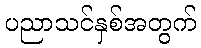
ပညာသင်နှစ်အတွက်